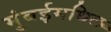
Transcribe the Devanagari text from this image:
मुंबईमधिल